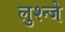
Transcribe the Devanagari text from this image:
लुश्न्जे